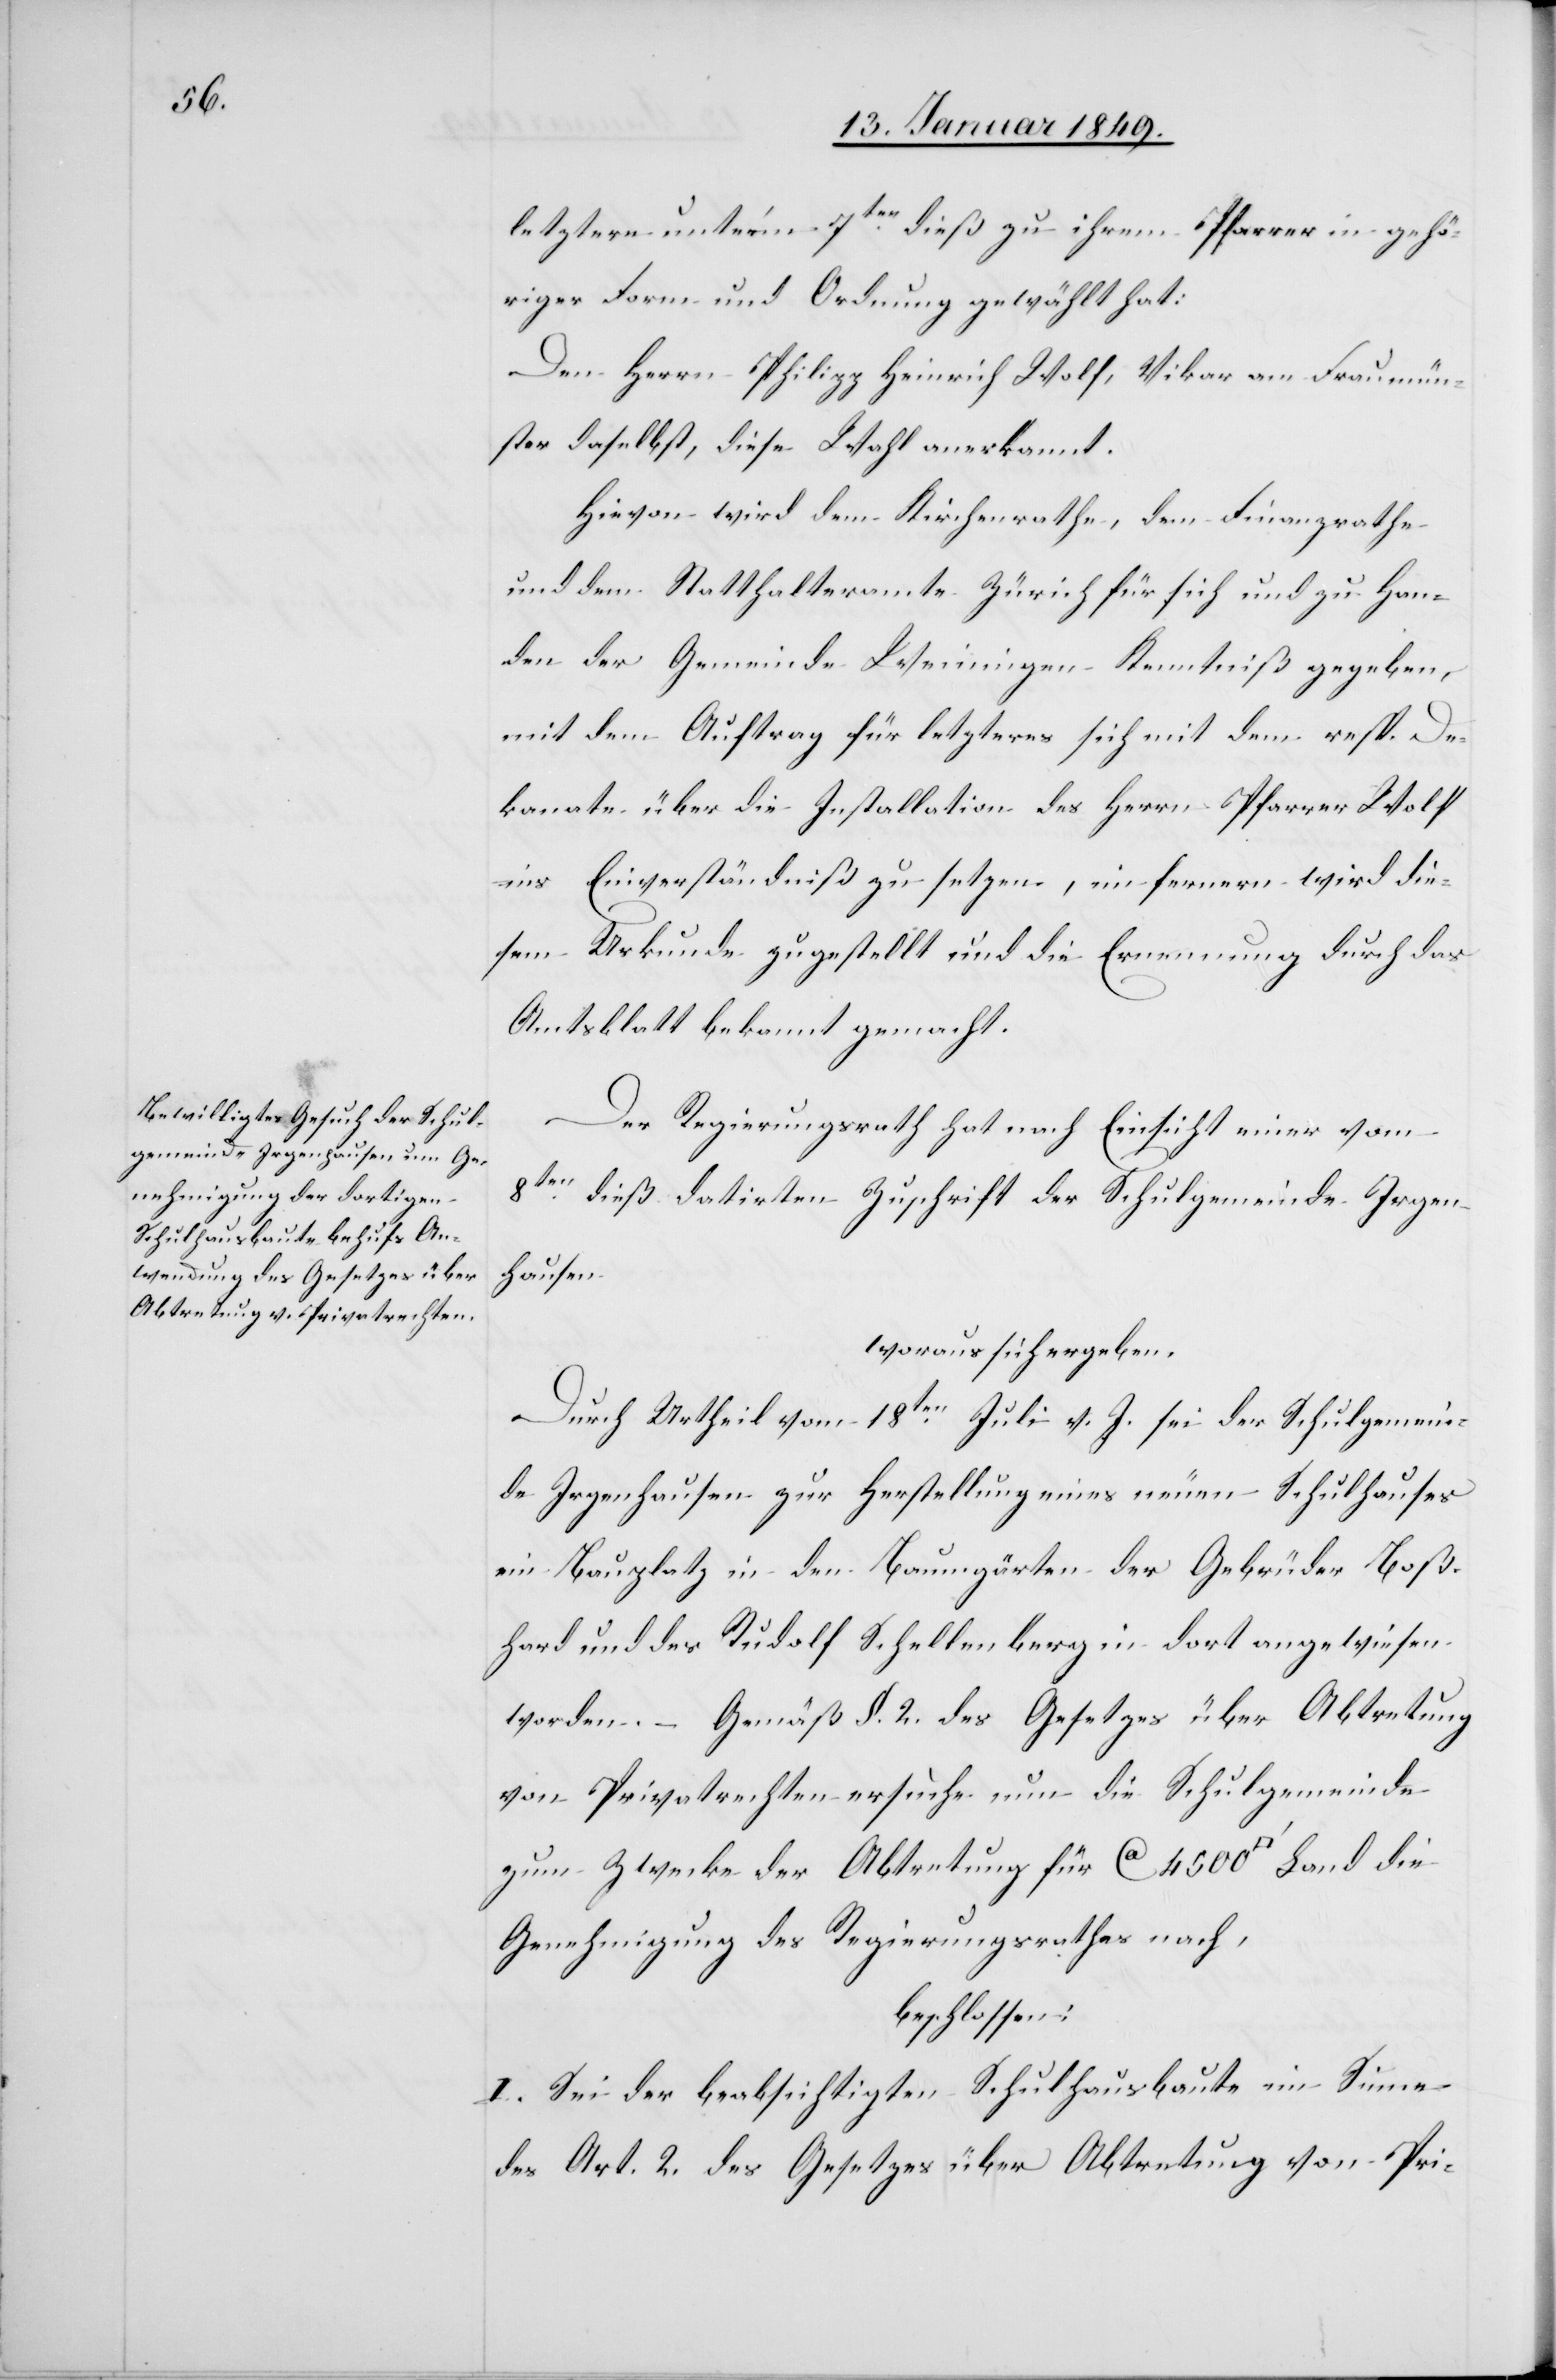
letztere unter’m 7ten. dieß zu ihrem Pfarrer in gehö¬
riger Form und Ordnung gewählt hat:
Den Herrn Philipp Heinrich Wolf, Vikar am Fraumün¬
ster daselbst, diese Wahl anerkannt.
Hievon wird dem Kirchenrathe, dem Finanzrathe
und dem Statthalteramte Zürich für sich und zu Han¬
den der Gemeinde Weiningen Kenntniß gegeben,
mit dem Auftrag für letzteres sich mit dem resp. De¬
kanate über die Installation des Herrn Pfarrer Wolf
ins Einverständniß zu setzen, im fernern wird die¬
sem Urkunde zugestellt und die Ernennung durch das
Amtsblatt bekannt gemacht.
Der Regierungsrath hat nach Einsicht einer vom
8te¬
n. dieß datirten Zuschrift der Schulgemeinde Irgen¬
hausen
woraus sich ergeben,
Durch Urtheil vom 18ten. Juli v. J. sei der Schulgemein¬
de Irgenhausen zur Herstellung eines neuen Schulhauses
ein Bauplatz in den Baumgärten der Gebrüder Boß¬
hard und des Rudolf Schellenberg in dort angewiesen
worden. – Gemäß §. 2. des Gesetzes über Abtretung
von Privatrechten ersuche nun die Schulgemeinde
zum Zwecke der Abtretung für ca 4500 [Quadratfuss]
Genehmigung des Regierungsrathes nach,
beschlossen:
I. Sei der beabsichtigten Schulhausbaute im Sinne
des Art. 2. des Gesetzes über Abtretung von Pri-